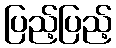
ပြည့်ပြည့်